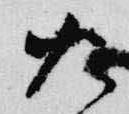
火